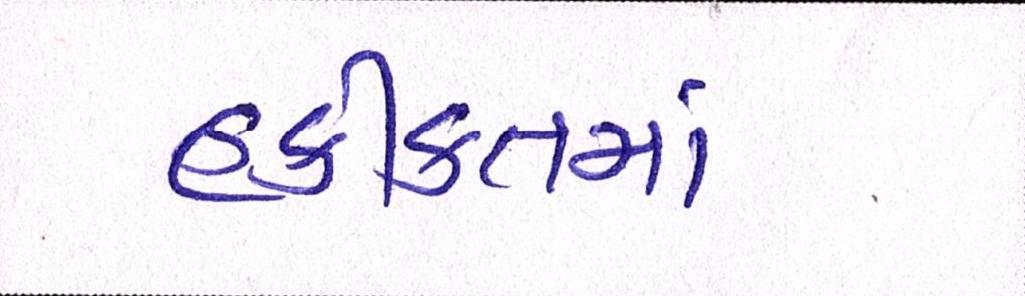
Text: હકીકતમાં